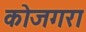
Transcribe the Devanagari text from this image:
कोजगरा